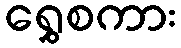
ရွှေစကား